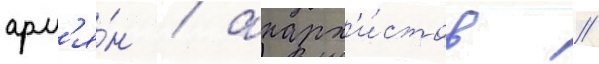
арм'я́н / анарх'и́стов /